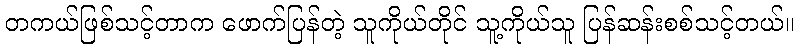
တကယ်ဖြစ်သင့်တာက ဖောက်ပြန်တဲ့ သူကိုယ်တိုင် သူ့ကိုယ်သူ ပြန်ဆန်းစစ်သင့်တယ်။